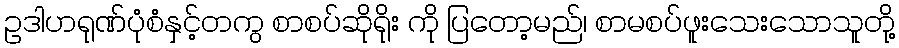
ဥဒါဟရုဏ်ပုံစံနှင့်တကွ စာစပ်ဆိုရိုး ကို ပြတော့မည်၊ စာမစပ်ဖူးသေးသောသူတို့